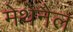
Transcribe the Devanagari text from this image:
मेथेनैल